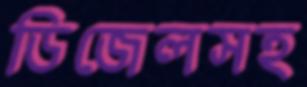
ডিজেলসহ